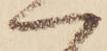
へ